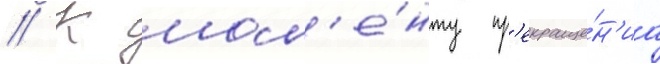
// К мом'е́нту пр'екраще́н'иа